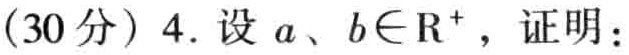
(30分) 4. 设 \(a、b\in\mathbb{R}^{+}\)，证明：